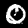
Label: 0